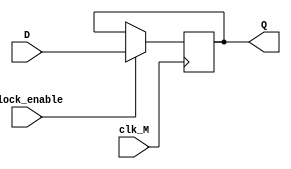
`timescale 1ns / 1ps

module FFDmin(
    input clk_M,
    input clock_enable,
    input D,
    output reg Q=0
    );
    
    always @ (posedge clk_M) begin
    if (clock_enable==1)
        Q <= D;   
    end
    
endmodule